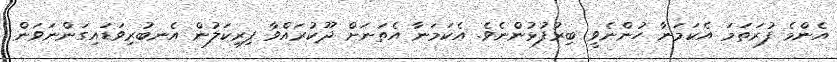
އެންމެ ފުރަތަމަ އެކަމަނާ ހުންނެވީ ބިރުފުޅުންނެވެ. އެކަމަނާ އެތަނަށް ދޫކުރައްވާ ފިރިކަލުން އެނބުރިވަޑައިގަންނަވަން